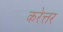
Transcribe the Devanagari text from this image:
करेत्तर